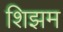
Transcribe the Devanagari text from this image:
शिझम